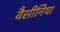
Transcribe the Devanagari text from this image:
वैसीनिया